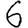
Digit: 6